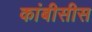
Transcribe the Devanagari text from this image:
कांबीसीस